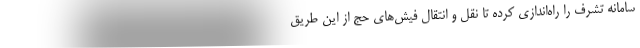
سامانه تشرف را راه‌اندازی کرده تا نقل و انتقال فیش‌های حج از این طریق